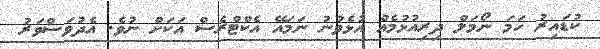
ކުޑައިރު ހަމަ ނޯމަލް ދިރިއުޅުމެއް އުޅެވުނު ނަމައޭ އެކްޓްރެސް އަކަށް ނުވެ. އެދުވަސްވަރު